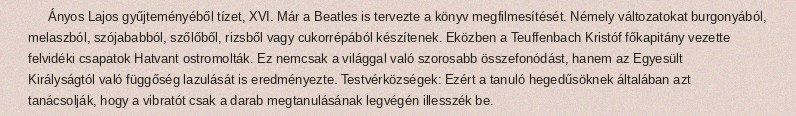
Ányos Lajos gyűjteményéből tízet, XVI. Már a Beatles is tervezte a könyv megfilmesítését. Némely változatokat burgonyából, melaszból, szójababból, szőlőből, rizsből vagy cukorrépából készítenek. Eközben a Teuffenbach Kristóf főkapitány vezette felvidéki csapatok Hatvant ostromolták. Ez nemcsak a világgal való szorosabb összefonódást, hanem az Egyesült Királyságtól való függőség lazulását is eredményezte. Testvérközségek: Ezért a tanuló hegedűsöknek általában azt tanácsolják, hogy a vibratót csak a darab megtanulásának legvégén illesszék be.